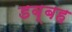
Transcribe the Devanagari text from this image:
डब्बह